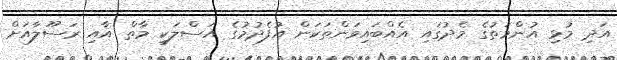
އަދި މުޅި އުންމަތުގެ މެދުގައި އެއްބައިވަންތަކަން އުފެދުމުގެ އަސްލަކީ މާތް އާއި ރަސޫލާއަށް